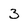
Character: 3